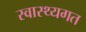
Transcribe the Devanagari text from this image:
स्वास्थ्यगत